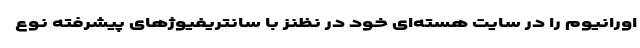
اورانیوم را در سایت هسته‌ای خود در نظنز با سانتریفیوژهای پیشرفته نوع